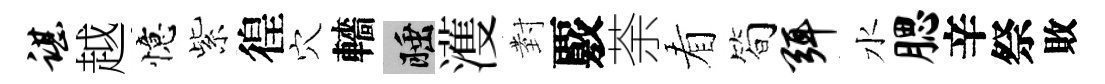
谌越憶紫徨穴轖睡濩𭔹覈荼看简弭水腮辛祭敗